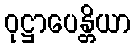
ဝုဋ္ဌာပေန္တိယာ